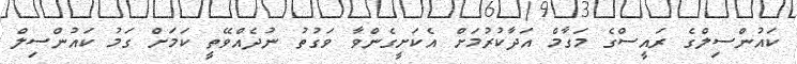
ކައުންސިލްގެ ރައީސްގެ މަގާމް އަދާކުރުމަށް އެކަށީގެންވާ ވަގުތު ނުދެއްވޭތީ ކަމަށް ގަމު ކައުންސިލް